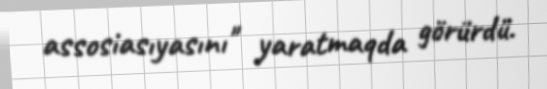
assosiasıyasını" yaratmaqda görürdü.